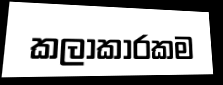
කලාකාරකම